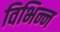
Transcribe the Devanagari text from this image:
विभिन्न